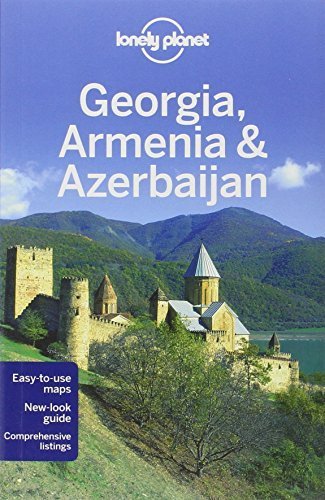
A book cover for Lonely Planet Georgia, Armenia & Azerbaijan (Travel Guide) by Lonely Planet, Noble, John, Kohn, Michael, Systermans, Danie (2012) Paperback; Noble, John, Kohn, Michael, Systermans, Danie Lonely Planet; Travel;